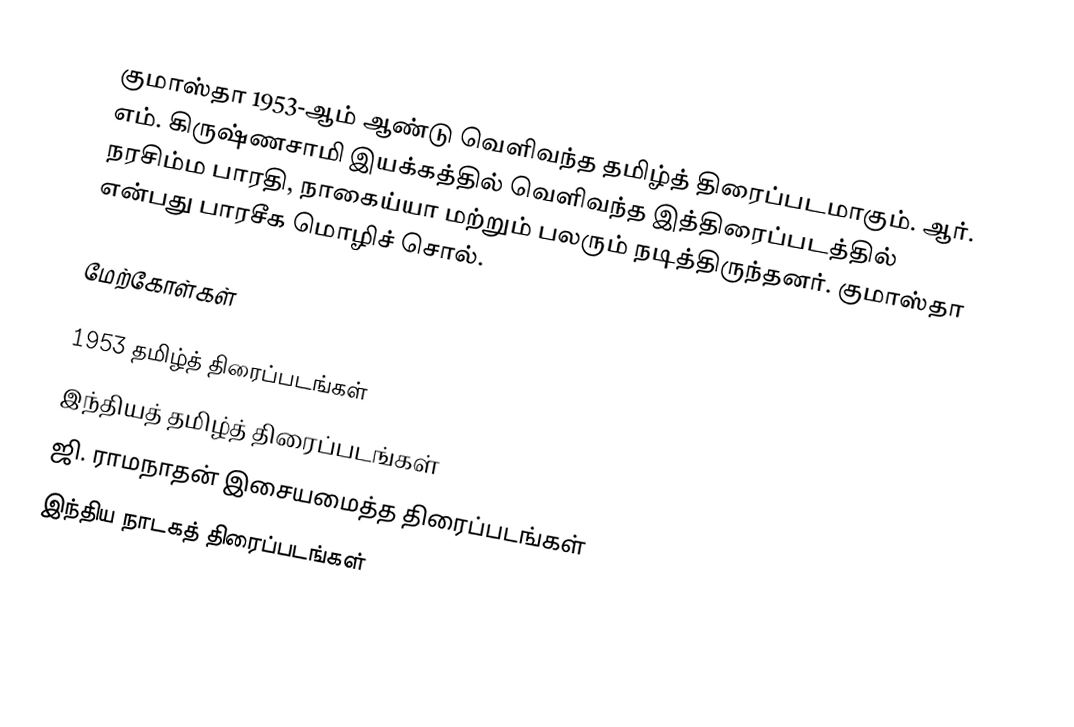
குமாஸ்தா 1953-ஆம் ஆண்டு வெளிவந்த தமிழ்த் திரைப்படமாகும். ஆர். எம். கிருஷ்ணசாமி இயக்கத்தில் வெளிவந்த இத்திரைப்படத்தில் நரசிம்ம பாரதி, நாகைய்யா மற்றும் பலரும் நடித்திருந்தனர். குமாஸ்தா என்பது பாரசீக மொழிச் சொல்.

மேற்கோள்கள்

1953 தமிழ்த் திரைப்படங்கள்
இந்தியத் தமிழ்த் திரைப்படங்கள்
ஜி. ராமநாதன் இசையமைத்த திரைப்படங்கள்
இந்திய நாடகத் திரைப்படங்கள்